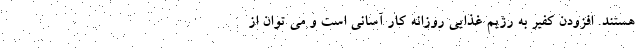
هستند. افزودن کفیر به رژیم غذایی روزانه کار آسانی است و می توان از